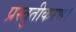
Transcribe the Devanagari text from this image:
प्रस्तुतीकरण।